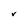
Character: V